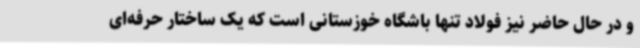
و در حال حاضر نیز فولاد تنها باشگاه خوزستانی است که یک ساختار حرفه‌ای